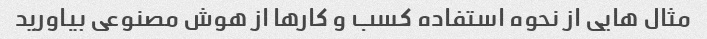
مثال هایی از نحوه استفاده کسب و کارها از هوش مصنوعی بیاورید